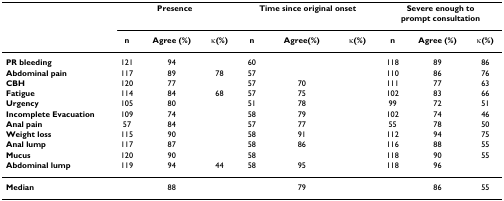
<table><thead><tr><td>[EMPTY_CELL]</td><td colspan="3"><b>Presence</b></td><td colspan="3"><b>Time since original onset</b></td><td colspan="3"><b>Severe enough to prompt consultation</b></td></tr><tr><td>[EMPTY_CELL]</td><td><b>n</b></td><td><b>Agree (%)</b></td><td><b>κ(%)</b></td><td><b>n</b></td><td><b>Agree(%)</b></td><td><b>κ(%)</b></td><td><b>n</b></td><td><b>Agree (%)</b></td><td><b>κ(%)</b></td></tr></thead><tbody><tr><td><b>PR bleeding</b></td><td>121</td><td>94</td><td>[EMPTY_CELL]</td><td>60</td><td>[EMPTY_CELL]</td><td>[EMPTY_CELL]</td><td>118</td><td>89</td><td>86</td></tr><tr><td><b>Abdominal pain</b></td><td>117</td><td>89</td><td>78</td><td>57</td><td>[EMPTY_CELL]</td><td>[EMPTY_CELL]</td><td>110</td><td>86</td><td>76</td></tr><tr><td><b>CBH</b></td><td>120</td><td>77</td><td>[EMPTY_CELL]</td><td>57</td><td>70</td><td>[EMPTY_CELL]</td><td>111</td><td>77</td><td>63</td></tr><tr><td><b>Fatigue</b></td><td>114</td><td>84</td><td>68</td><td>57</td><td>75</td><td>[EMPTY_CELL]</td><td>102</td><td>83</td><td>66</td></tr><tr><td><b>Urgency</b></td><td>105</td><td>80</td><td>[EMPTY_CELL]</td><td>51</td><td>78</td><td>[EMPTY_CELL]</td><td>99</td><td>72</td><td>51</td></tr><tr><td><b>Incomplete Evacuation</b></td><td>109</td><td>74</td><td>[EMPTY_CELL]</td><td>58</td><td>79</td><td>[EMPTY_CELL]</td><td>102</td><td>74</td><td>46</td></tr><tr><td><b>Anal pain</b></td><td>57</td><td>84</td><td>[EMPTY_CELL]</td><td>57</td><td>77</td><td>[EMPTY_CELL]</td><td>55</td><td>78</td><td>50</td></tr><tr><td><b>Weight loss</b></td><td>115</td><td>90</td><td>[EMPTY_CELL]</td><td>58</td><td>91</td><td>[EMPTY_CELL]</td><td>112</td><td>94</td><td>75</td></tr><tr><td><b>Anal lump</b></td><td>117</td><td>87</td><td>[EMPTY_CELL]</td><td>58</td><td>86</td><td>[EMPTY_CELL]</td><td>116</td><td>88</td><td>55</td></tr><tr><td><b>Mucus</b></td><td>120</td><td>90</td><td>[EMPTY_CELL]</td><td>58</td><td>[EMPTY_CELL]</td><td>[EMPTY_CELL]</td><td>118</td><td>90</td><td>55</td></tr><tr><td><b>Abdominal lump</b></td><td>119</td><td>94</td><td>44</td><td>58</td><td>95</td><td>[EMPTY_CELL]</td><td>118</td><td>96</td><td>[EMPTY_CELL]</td></tr><tr><td><b>Median</b></td><td>[EMPTY_CELL]</td><td>88</td><td>[EMPTY_CELL]</td><td>[EMPTY_CELL]</td><td>79</td><td>[EMPTY_CELL]</td><td>[EMPTY_CELL]</td><td>86</td><td>55</td></tr></tbody></table>